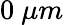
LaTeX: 0\ \mu m